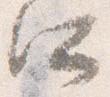
所